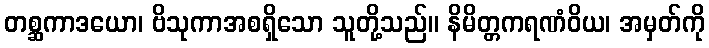
တစ္ဆကာဒယော၊ ဗိသုကာအစရှိသော သူတို့သည်။ နိမိတ္တကရဏံဝိယ၊ အမှတ်ကို